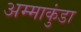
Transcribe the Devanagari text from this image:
अम्माकुंडा